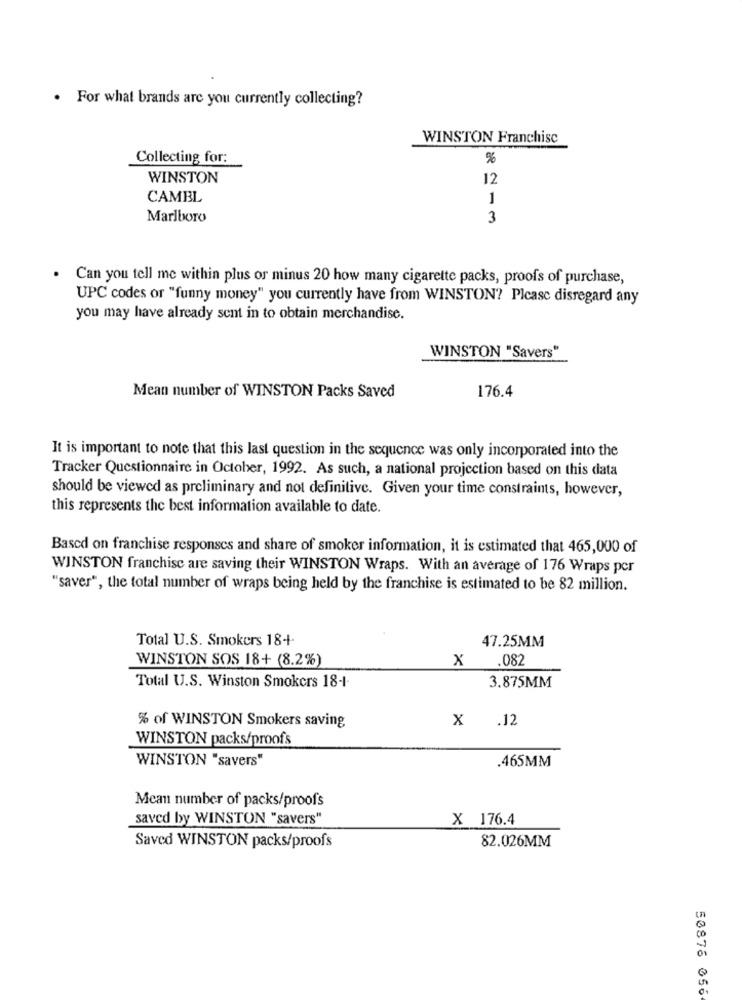
. For what brands are you currently collecting?
WINSTON Franchise
Collecting for:
%
WINSTON
12
CAMBL
1
Marlboro
3
Can you tell me within plus or minus 20 how many cigarette packs, proofs of purchase,
UPC codes or "funny money" you currently have from WINSTON? Please disregard any
you may have already sent in to obtain merchandise.
WINSTON "Savers"
176.4
Mean number of WINSTON Packs Saved
It is important to note that this last question in the sequence was only incorporated into the
Tracker Questionnaire in October, 1992. As such, a national projection based on this data
should be viewed as preliminary and not definitive. Given your time constraints, however,
this represents the best information available to date.
Based on franchise responses and share of smoker information, it is estimated that 465,000 of
WINSTON franchise are saving their WINSTON Wraps. With an average of 176 Wraps per
"saver", the total number of wraps being held by the franchise is estimated to be 82 million.
Total U.S. Smokers 18+
47.25MM
WINSTON SOS 18+ (8.2%)
X
.082
3.875MM
Total U.S. Winston Smokers 18-1-
% of WINSTON Smokers saving
X
.12
WINSTON packs/proofs
WINSTON "savers"
.465MM
Mean number of packs/proof's
saved by WINSTON "savers"
X 176.4
82.026MM
Saved WINSTON packs/proofs
50876 056